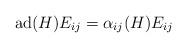
LaTeX: \begin{align*}\mathrm{ad}(H)E_{ij} = \alpha_{ij}(H)E_{ij}\end{align*}